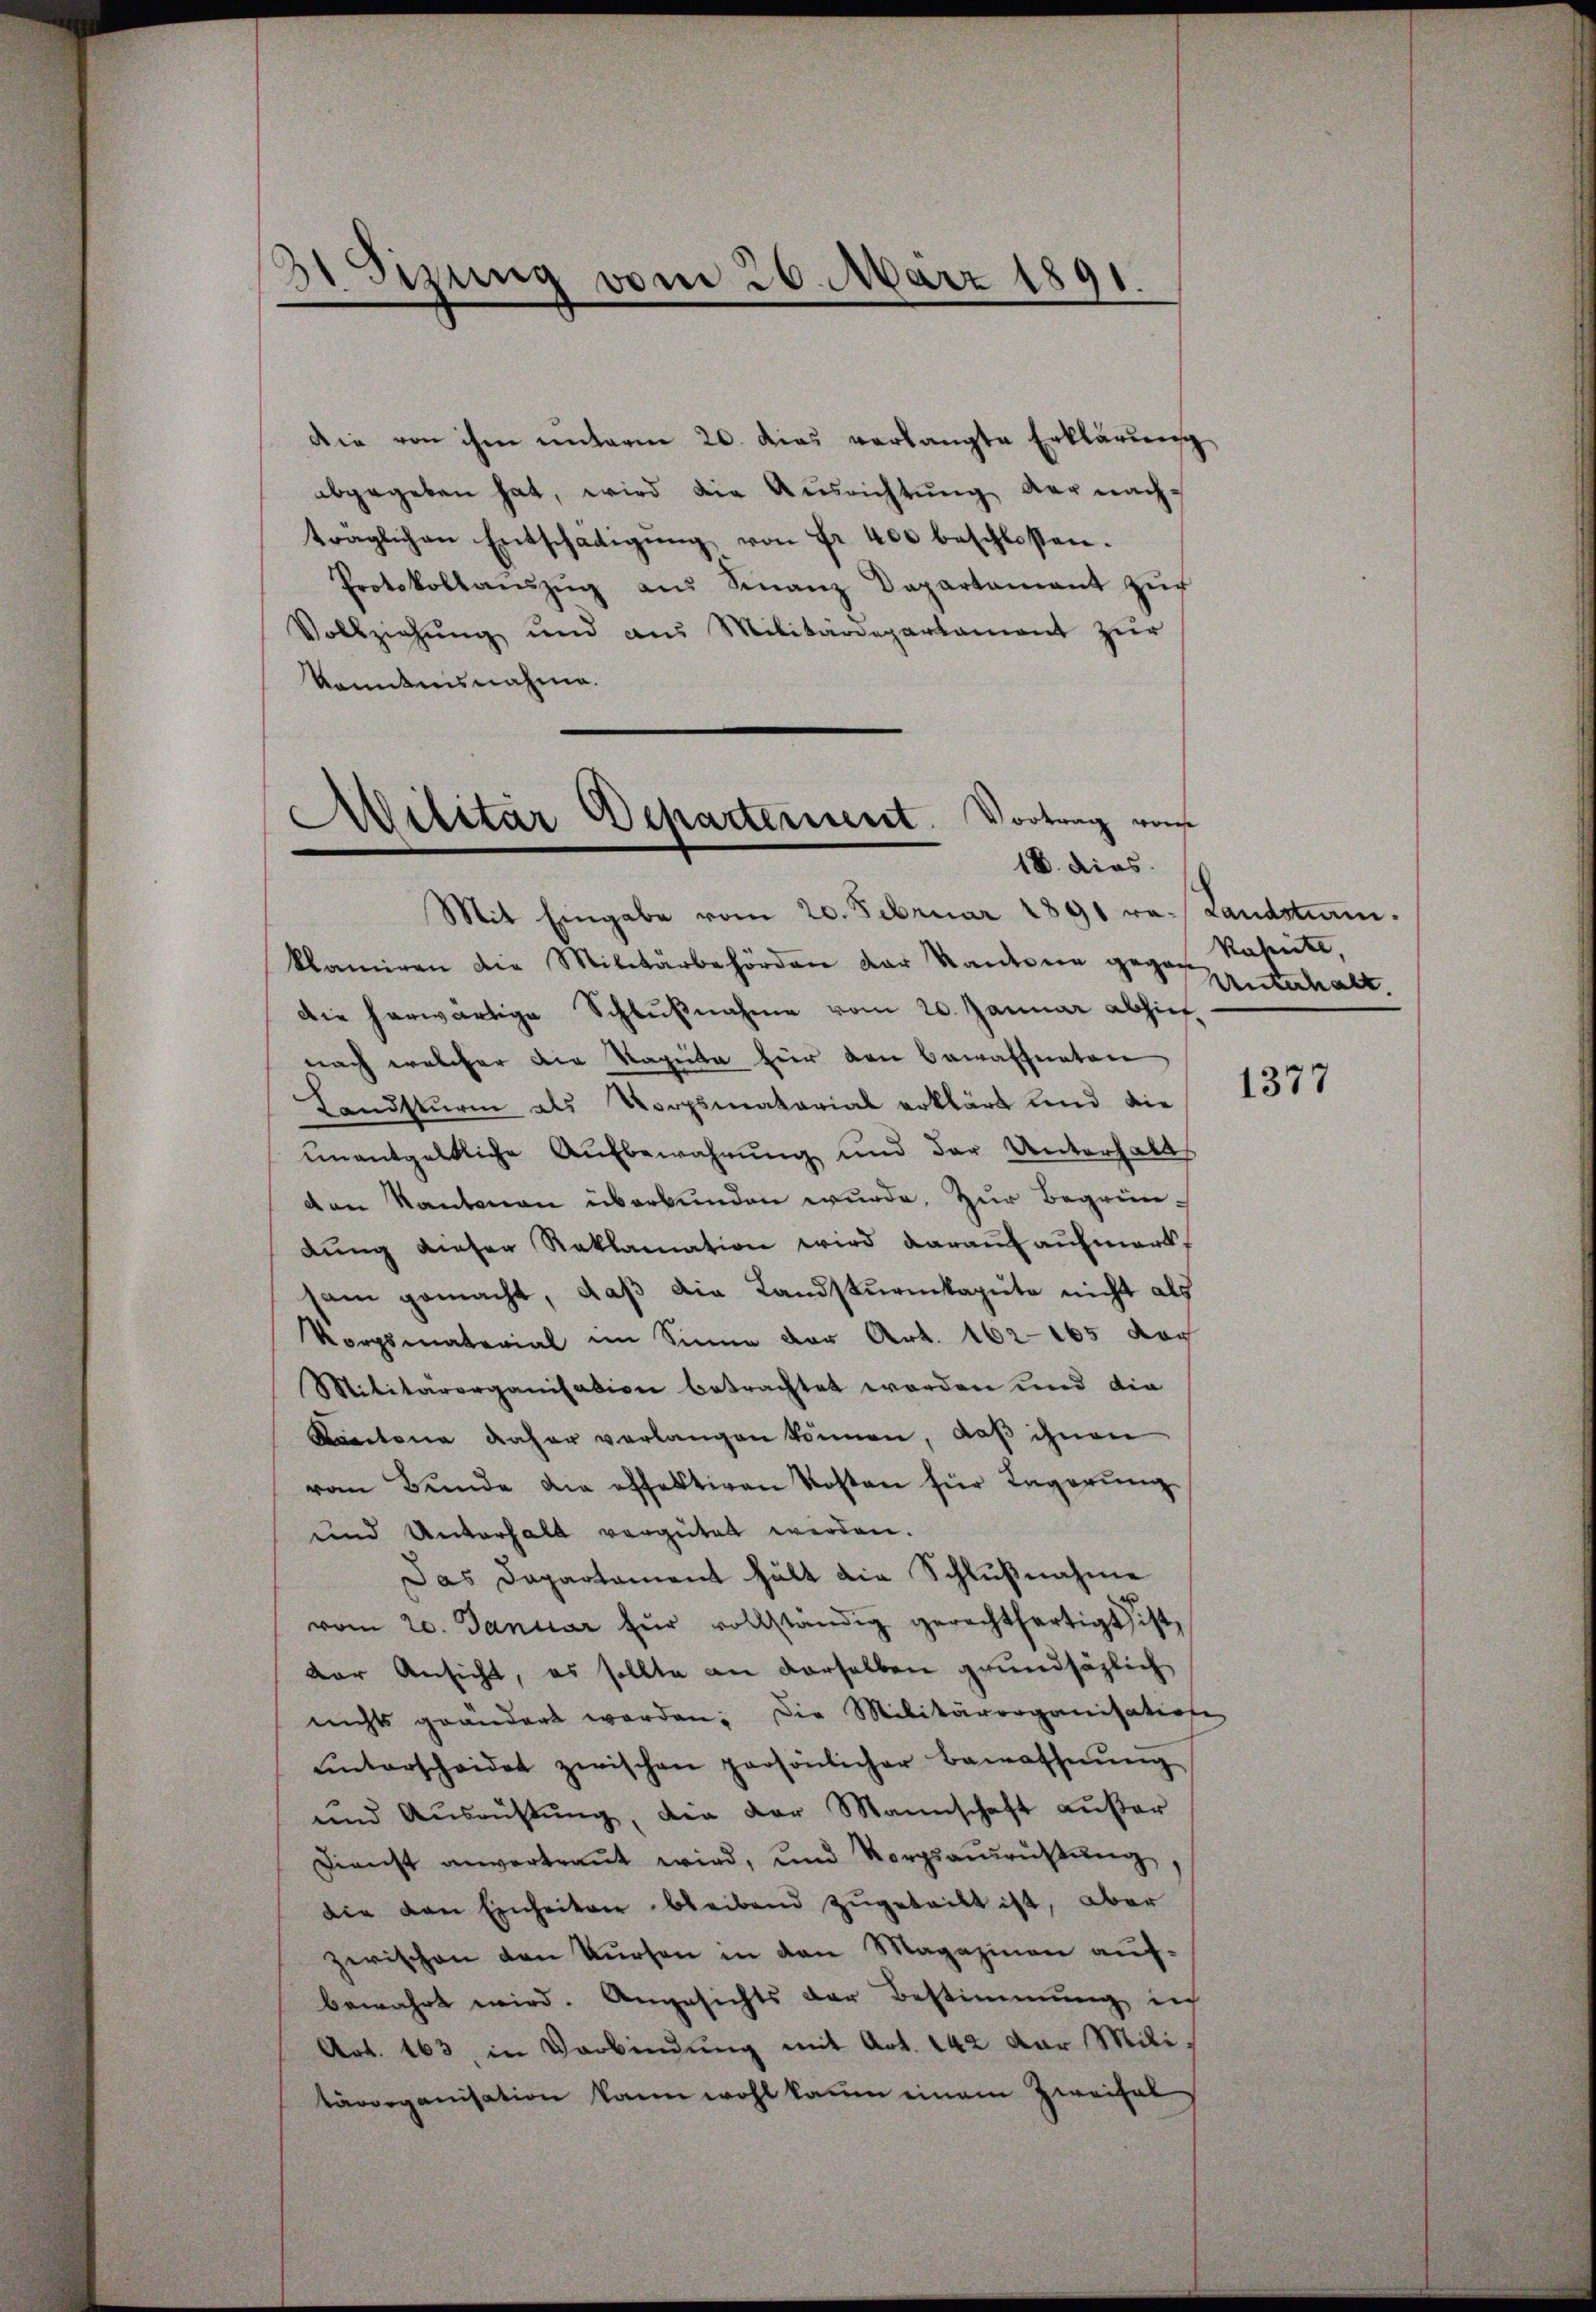
Sizung vom 26. März 1891.

die von ihm unterm 20. dies verlangte Erklärung
abgegeben hat, wird die Ausrichtŭng der nachträglichen Entschädigŭng von Fr. 400 beschlossen.
Protokollanzŭg aŭ Finanz Departament zŭr
Vollziehŭng und aus Militärdepartament zŭr
kanntnisnahme.
Mit Eingabe vom 20. Februar 1891 ra- Landstunn.
klamiren die Militärbehörden der Kantonen gegen
Die herwärtige Schlußnahme vom 20. Januar abzief,
nach welcher die Kapita hier den bewaffneten
Landsturm als Vorgsmatorial erklärt und die
unentgeltliche Aufbewahrung und der Unterhalts
den Kantonen überbunden wurde. Zur Begründung dieser Reklamation wird darauf aufmark,
sam gemacht, daβ die Landsturmkapute nicht als
Korpsmaterial im Sinne der Art. 162165 der
Militärorganisation betrachtet worden und die
Kantone daher verlangen können, daß ihnen
vom Bunde die offektiven Kosten für Lagerung
und Unterhalt vergütet werden.
Das Departement hält die Schlußnahme
vom 20. Januar zur vollständig gerechtfertigt ist,
der Ansicht, es sollte an derselben grundsätzlich
nichts geändert worden: Die Militärorganisatione
ŭnterscheidet zwischen persönlicher Bewaffnŭng
und Ausrüstung, die der Mannschaft außer
Dienst anvertraut wird, und Vorgsaŭsrŭβŭng,
die den Einheiter bleibend zugeteilt ist, aber
zwischen den Kursen in den Magazinen aufbewahrt wird. Angesichts der Bestimmung in
Art. 163, in Verbindung mit Art. 142 der Militärorganisation kann wohl kann einem Zweifal

Militär Departement. Vortrag von
18. dies

Kaserite,
Unterhalt

1377